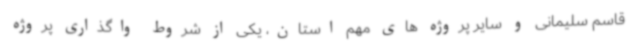
قاسم سلیمانی و سایر پروژه های مهم استان، یکی از شروط واگذاری پروژه